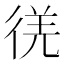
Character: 𫹕